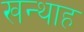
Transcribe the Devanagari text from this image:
खन्‍थाह